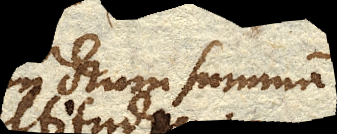
punctum summum